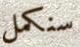
سنكمل